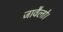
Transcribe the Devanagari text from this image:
जावैलो।